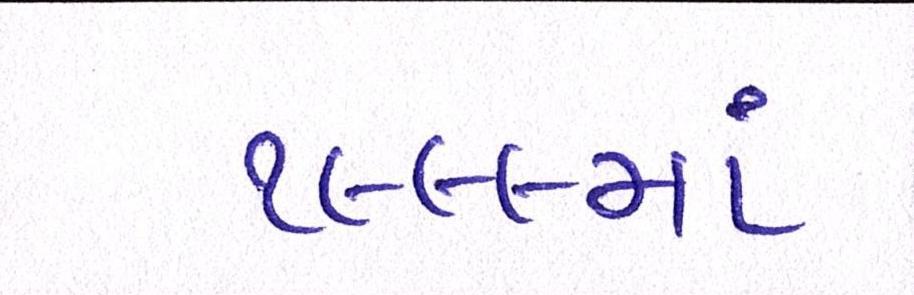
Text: ૧૯૯૯માં